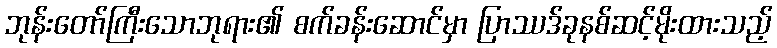
ဘုန်းတော်ကြီးသောဘုရား၏ စက်ခန်းဆောင်မှာ ပြာဿဒ်ခုနစ်ဆင့်မိုးထားသည့်